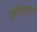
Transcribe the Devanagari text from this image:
प्रमेयाच्या